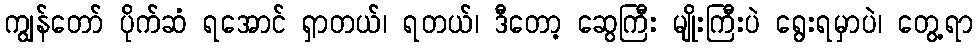
ကျွန်တော် ပိုက်ဆံ ရအောင် ရှာတယ်၊ ရတယ်၊ ဒီတော့ ဆွေကြီး မျိုးကြီးပဲ ရွေးရမှာပဲ၊ တွေ့ရာ